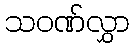
သဝဏ်လွှာ